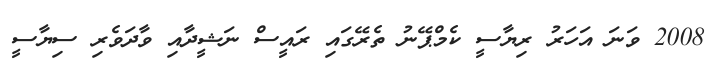
2008 ވަނަ އަހަރު ރިޔާސީ ކެމްޕޭނު ތެރޭގައި ރައީސް ނަޝީދާއި ވާދަވެރި ސިޔާސީ